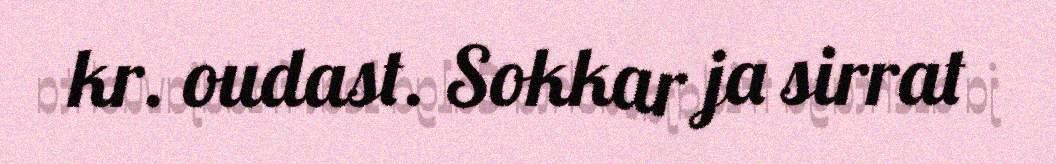
kr. oudast. Sokkar ja sirrat